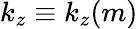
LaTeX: k_{z}\equiv k_{z}(m)